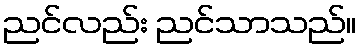
ညင်လည်း ညင်သာသည်။